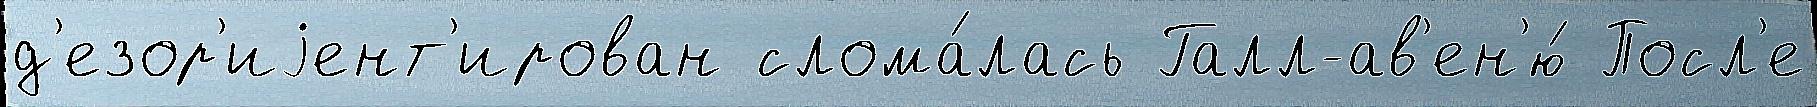
д'езор'иjент'ирован слома́лась Галл-ав'ен'ю́ Посл'е